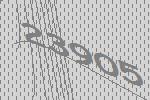
23905